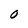
Character: O